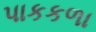
પાકકળા